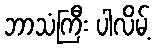
ဘာသံကြီး ပါလိမ့်